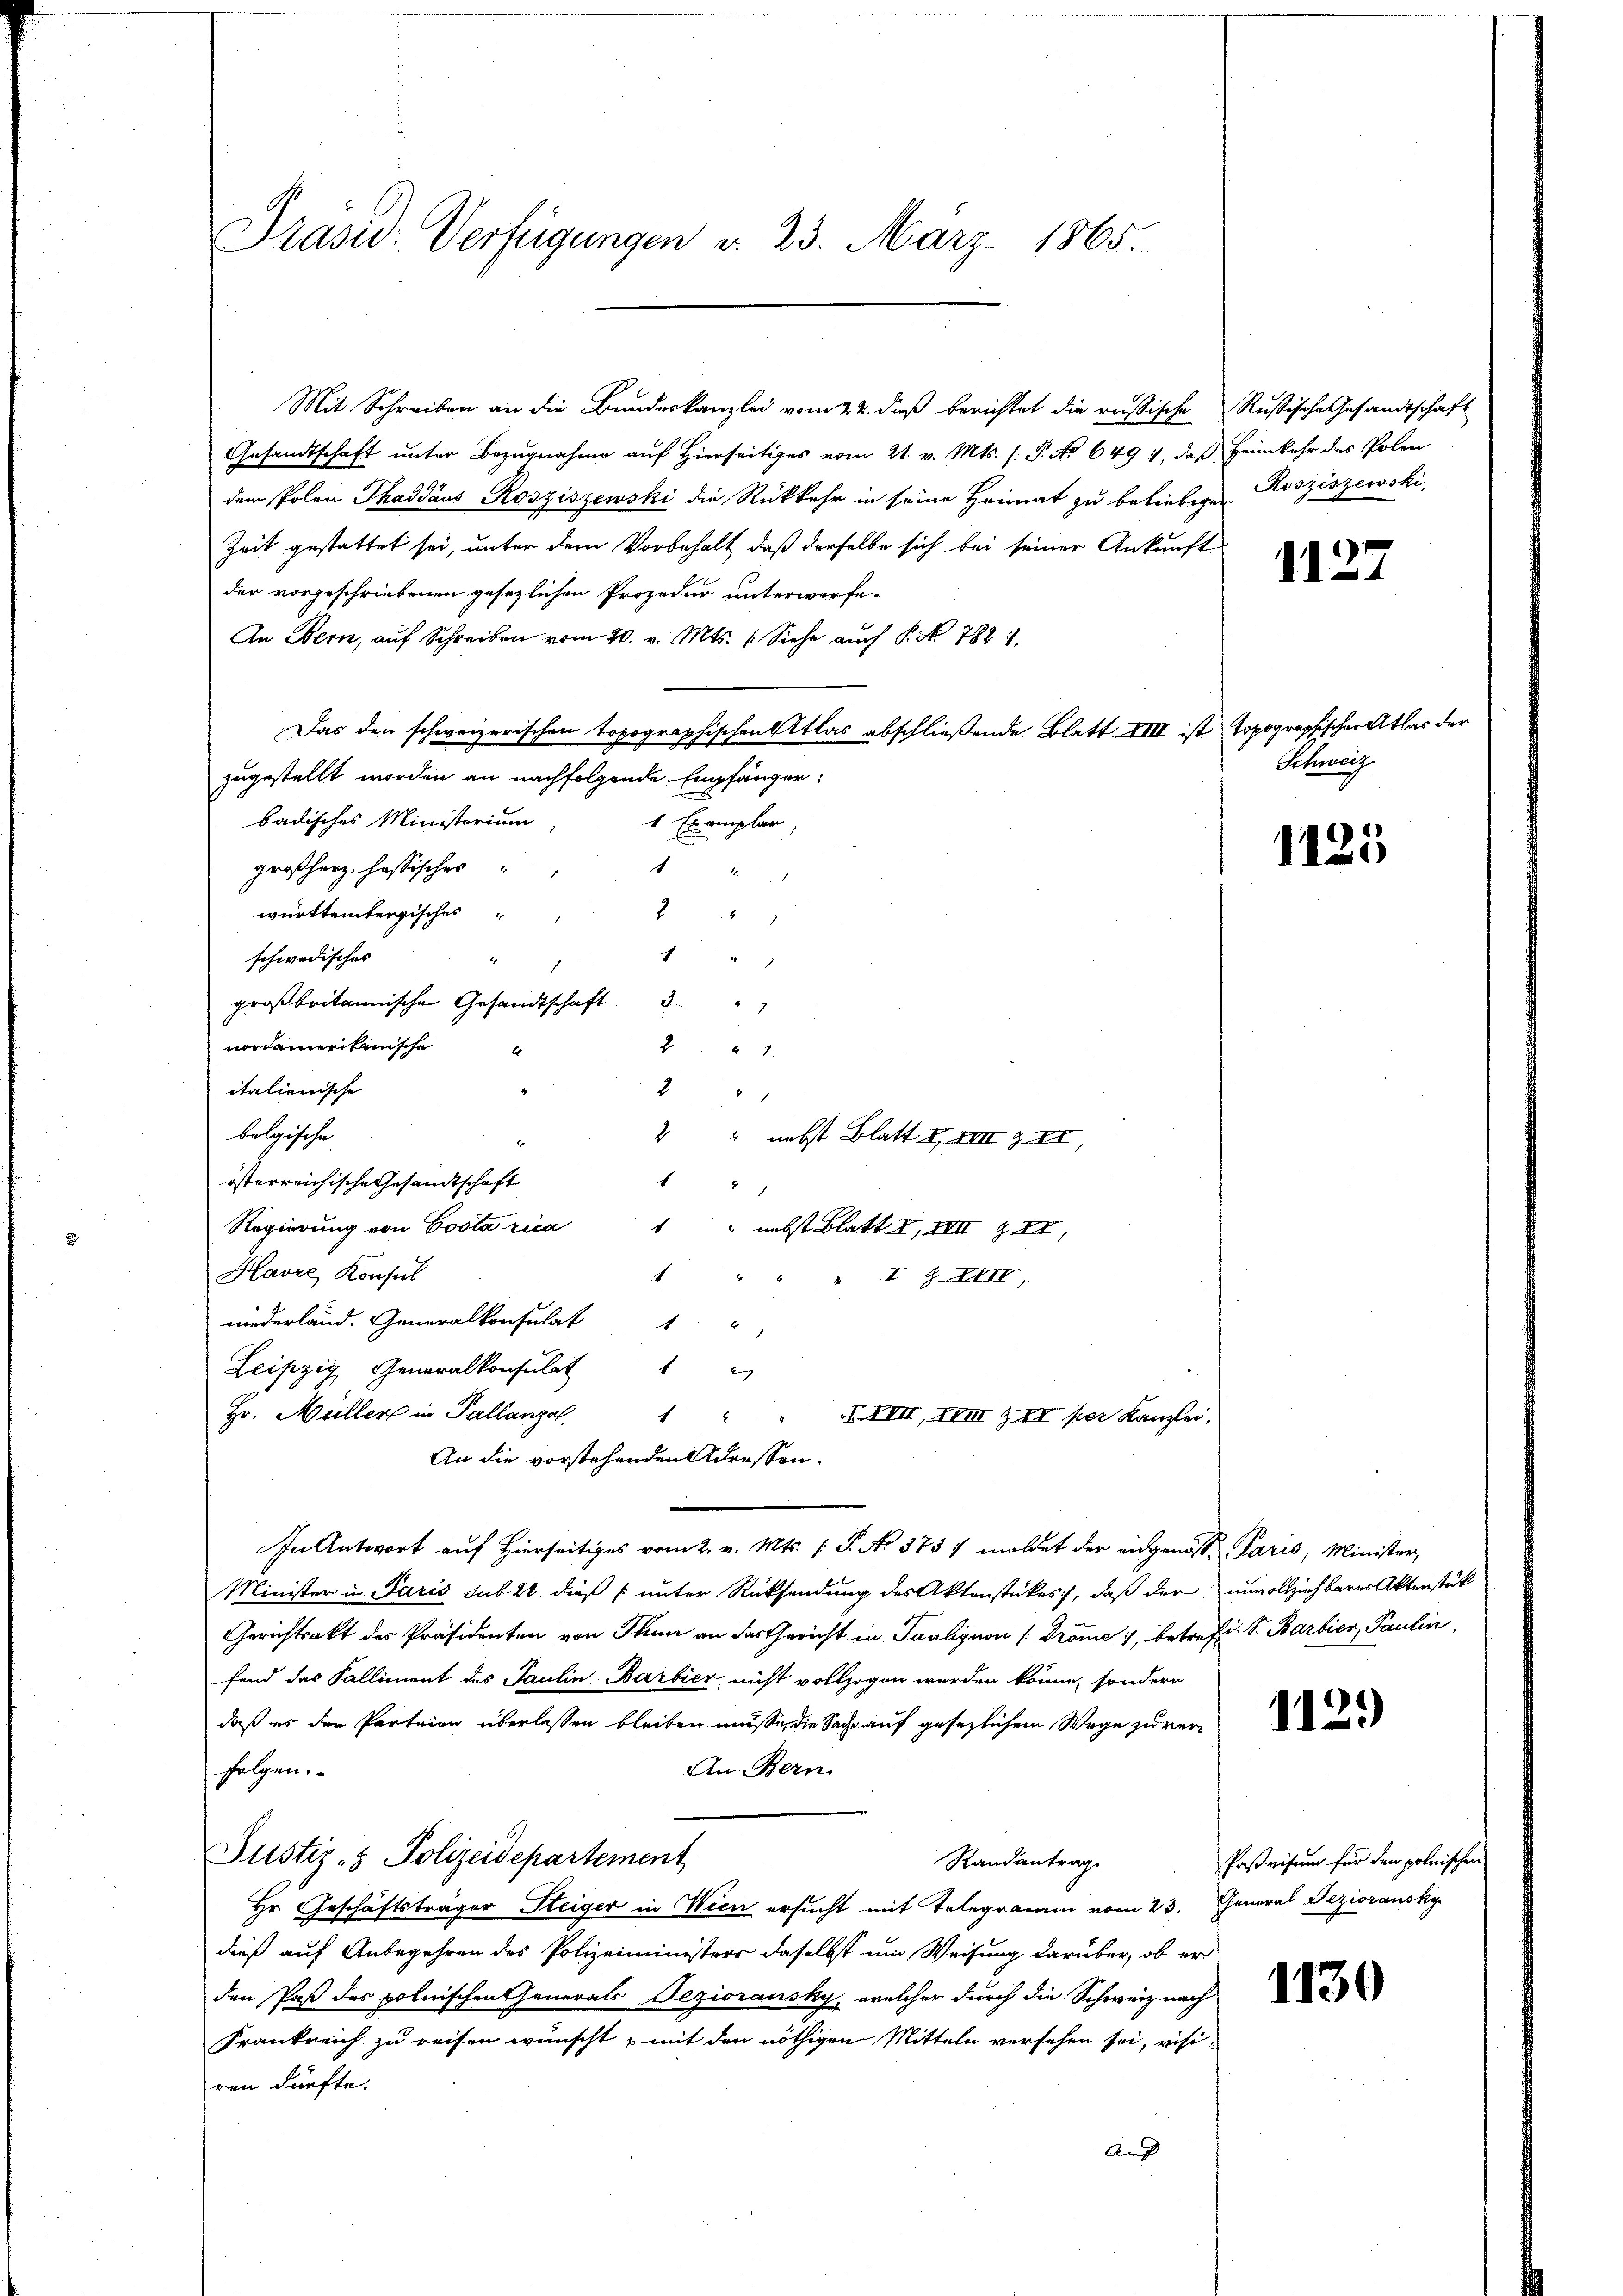
Präsid. Verfügungen d. 23. März 1865.

Mit Schreiben an die Bundeskanzlei vom 22. daß berichtet die russische
Gesandtschaft unter Bezugnahme auf Hierseitiges vom 21. v. Mts. s. S. No 649 1, daß Heimkehr des Polen
dem Polen Thaddaus Rosziszewski die Rückkehr in seine Heimat zu beliebige Kosziszewski,
Zeit gestattet sei, unter dem Vorbehalt, daß derselbe sich bei seiner Ankunft
der vorgeschriebenen gesezlichen Prozedur unterworfe-
An Bern, auf Schreiben vom 20. v. Mts. (Siehe auch P. Nr. 782 1,
Das den schweizerischen topographischen Atlas abschließende Blatt VIII ist topographischen Atlas der
zugestellt worden an nachfolgende Empfänger:
badisches Ministerium
1 Exemplar,
1
großherz, hassisches
württembergisches
2
2
schwedisches |
großbritannische Gesandtschaft "
nordamerikanische
21
E
italienische

bolgische
2 " nebst Blatt I. XIII § II,
1
österreichische Gesandtschaft
d
Regierung von Costa rica
" nebst Blatt I, III § II,
Havre Konsul
1
x
" I S. XXII
niederland. Generalkonsulat 1 "
Leipzig Generalkonsulat
.
Hr. Müller in Pallanzel 1 "
I VIII, XVII & II per Kanzlei.
An die vorstehenden Adressen.
In Antwort auf hierseits vom 2. v. Mts. (T. No 373 / meldet der eingenosse Paris, Minister,
Minister in Paris sub 22. dieß unter Rücksendung des Aktenstückes, daß der
Gerichtsakt des Präsidenten von Thun an das Gericht in Paulignon [Dröme 1, betreffe. S. Barbier, Paulin
fend das Fallionent des Paulin-Barbier, nicht vollzogen werden könne, sondern
daß es den Parteien überlassen bleiben müsse, die Sache auf gesezlichem Wege zurüc
An Bern.
folgen.
Justiz- & Polizeidepartement
Randantrag
Hr. Geschäftsträger Steiger in Wien ersucht mit Telegramm vom 23. General Dezioransky
dieß auf Anbegehren des Polizeiministers daselbst um Weisung darüber, ob er
den Paß des polnischen Generals Beziorausky, welcher durch die Schweiz nach
Frankreich zu reisen wünscht, mit den nöthigen Mitteln versehen sei, visiren dürfte.
Auf

Rußische Gesandtschaft

1127

Schweiz

1125

unvollziehbarer Aktenstück

1129)

Paßvisum für den polnischen

1130